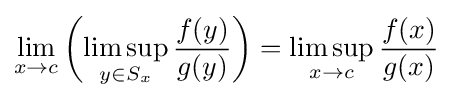
\lim _{x\to c}\left(\limsup _{y\in S_{x}}{\frac {f(y)}{g(y)}}\right)=\limsup _{x\to c}{\frac {f(x)}{g(x)}}